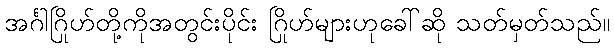
အင်္ဂါဂြိုဟ်တို့ကိုအတွင်းပိုင်း ဂြိုဟ်များဟုခေါ်ဆို သတ်မှတ်သည်။